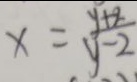
y = \frac { y + 2 } { y - 2 }